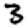
Digit: 3